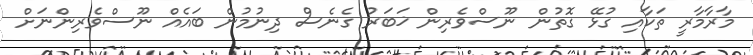
މާރާމާރީ ތަކާއި ގުޅޭ ގޮތުން ނޫސްވެރިން ޚަބަރު ގެނެސް ދިނުމުން ބައެއް ނޫސްވެރިންނަށް